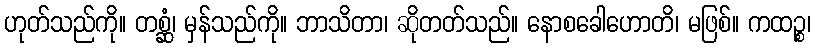
ဟုတ်သည်ကို။ တစ္ဆံ၊ မှန်သည်ကို။ ဘာသိတာ၊ ဆိုတတ်သည်။ နောစခေါဟောတိ၊ မဖြစ်။ ကထဉ္စ၊